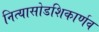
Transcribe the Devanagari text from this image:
नित्यासोडशिकार्णव